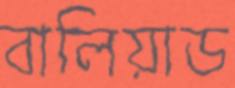
বালিয়াড